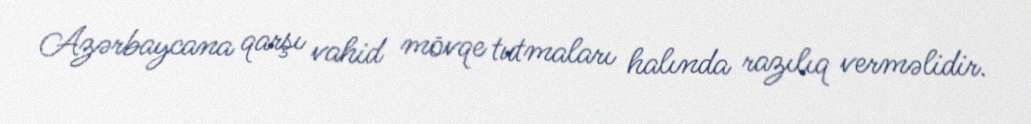
Azərbaycana qarşı vahid mövqe tutmaları halında razılıq verməlidir.